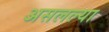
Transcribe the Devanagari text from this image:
असलल्या